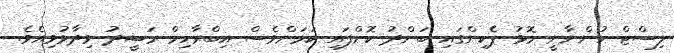
ލިސްޓް ހުންނާނީ މޮޅު ޕެކިންގައި ބަންދު ކޮށްފައި ކަމަށްވެސް އިބްރާހިމް ރަޝީދު ވިދާޅުވިއެވެ.